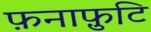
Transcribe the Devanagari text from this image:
फ़नाफ़ुटि